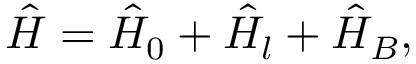
\hat { H } = \hat { H } _ { 0 } + \hat { H } _ { l } + \hat { H } _ { B } ,